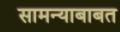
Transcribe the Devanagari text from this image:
सामन्याबाबत